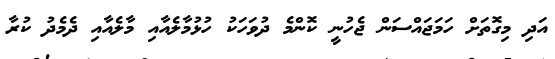
އަދި މިގޮތަށް ހަމަޖައްސަން ޖެހުނީ ކޮންމެ ދުވަހަކު ހުޅުމާލެއާއި މާލެއާއި ދެމެދު ކުރާ